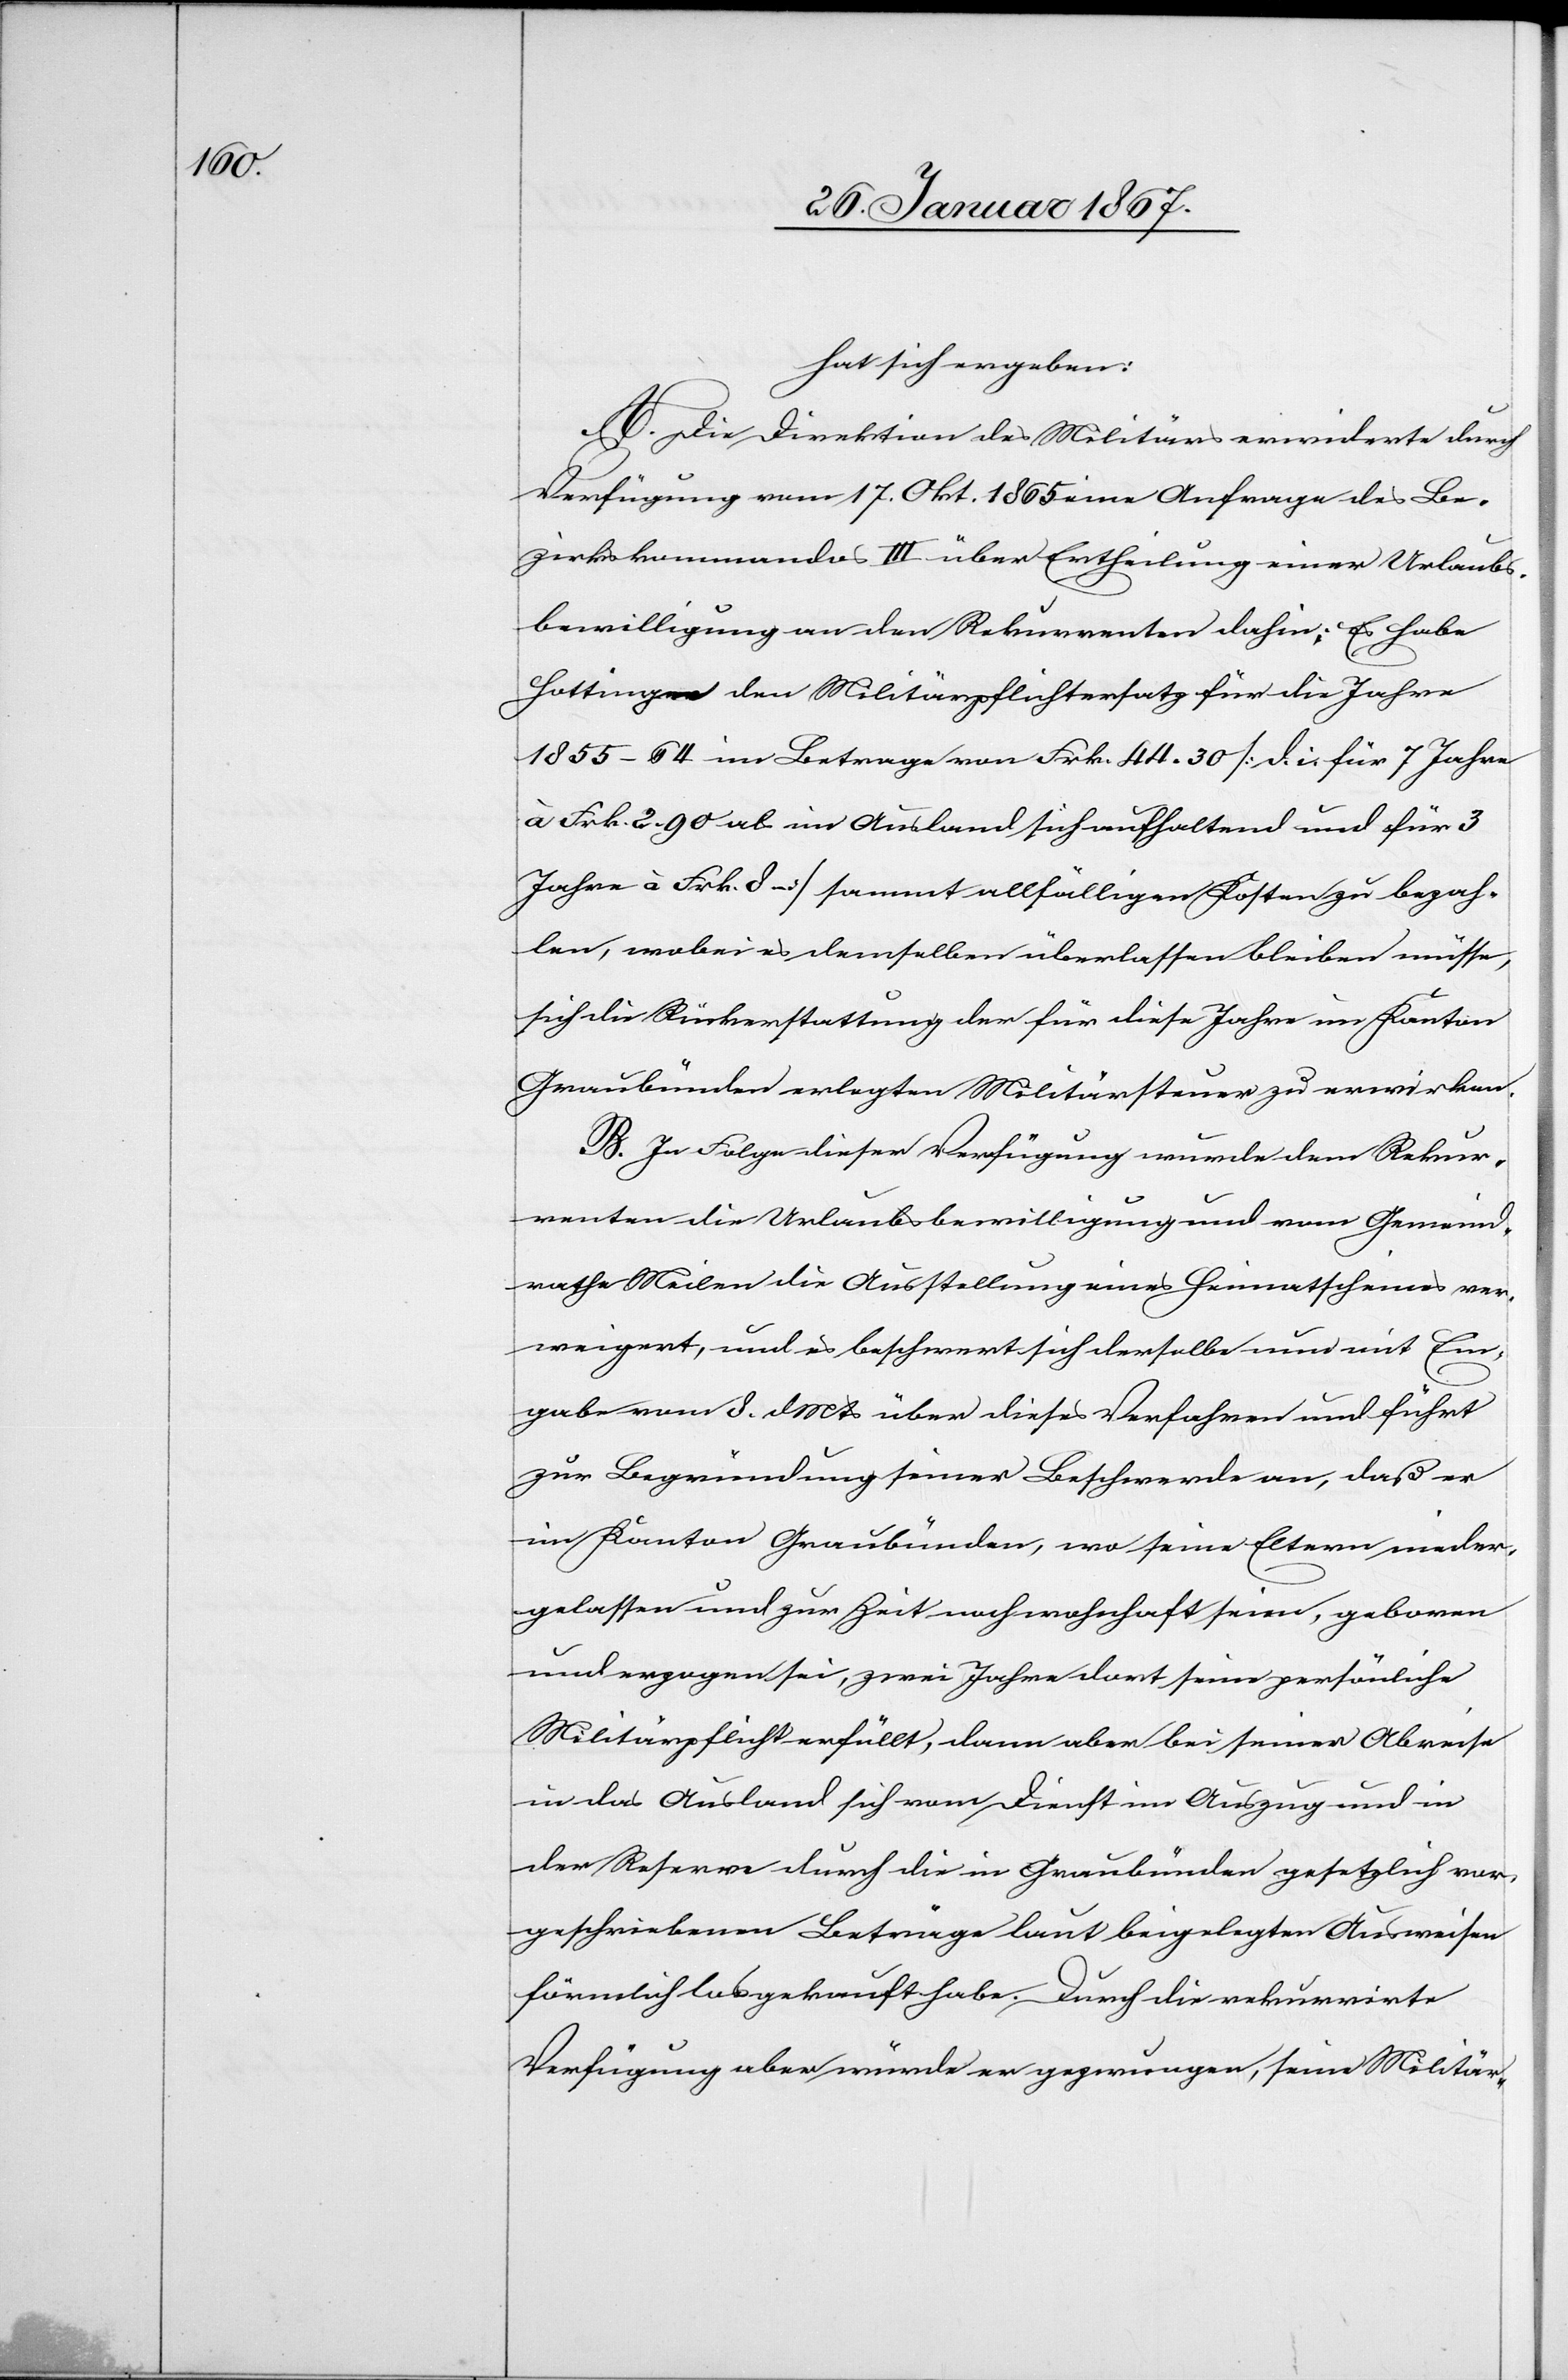
hat sich ergeben:
A. Die Direktion des Militärs erwidert durch
Verfügung vom 17. Okt. 1865 eine Anfrage des Be¬
zirkskommandos III über Ertheilung einer Urlaubs¬
bewilligung an den Rekurrenten dahin; Es habe
Hottinger den Militärpflichtersatz für die Jahre
1855–64 im Betrage von Frk. 44.30 [dies für 7 Jahre
à Frk. 2.90 als im Ausland sich aufhaltend und für 3
Jahre à Frk. 8] sammt allfälligen Kosten zu bezah¬
len, wobei es demselben überlassen bleiben müsse,
sich die Rückerstattung der für diese Jahre im Kanton
Graubünden erlegten Militärsteuer zu erwirken.
B. In Folge dieser Verfügung wurde dem Rekur¬
renten die Urlaubsbewilligung und vom Gemeind¬
rathe Meilen die Ausstellung eines Heimatscheines ver¬
weigert, und es beschwert sich derselbe nun mit Ein¬
gabe vom 8. d. Mts über dieses Verfahren und führt
zur Begründung seiner Beschwerde an, daß er
im Kanton Graubünden, wo seine Eltern nieder¬
gelassen und zur Zeit noch wohnhaft seien, geboren
und erzogen sei, zwei Jahre dort seine persönliche
Militärpflicht erfüllt, dann aber bei seiner Abreise
in das Ausland sich vom Dienst im Auszug und in
der Reserve durch die in Graubünden gesetzlich vor¬
geschriebenen Beträge laut beigelegten Ausweisen
förmlich losgekauft habe. Durch die rekurrirte
Verfügung aber würde er gezwungen, seine Militär-